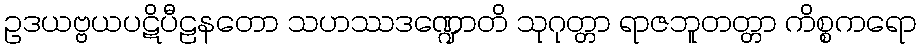
ဥဒယဗ္ဗယပဋိပီဠနတော သဟဿဒဏ္ဍောတိ သုဂုတ္တာ ရာဇဘူတတ္တာ ကိစ္စကရော